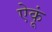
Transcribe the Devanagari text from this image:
ऐकूं